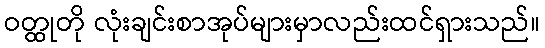
ဝတ္ထုတို လုံးချင်းစာအုပ်များမှာလည်းထင်ရှားသည်။